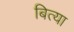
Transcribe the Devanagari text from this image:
बित्या